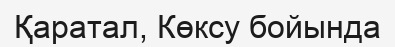
Қаратал, Көксу бойында